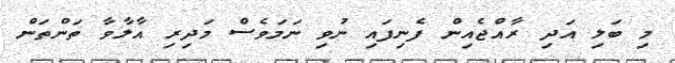
މި ބަލި އަދި ރާއްޖެއިން ފެނިފައި ނުވި ނަމަވެސް މަދިރި އާލާވާ ތަންތަން